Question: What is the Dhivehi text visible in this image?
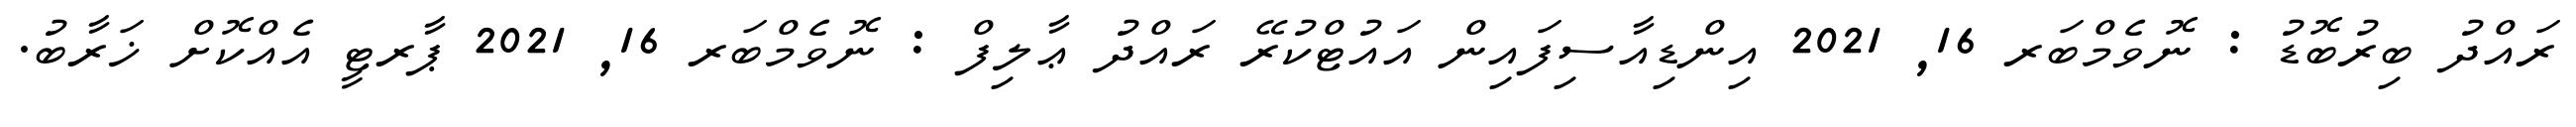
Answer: ރައްދު ބިރުބޮޑު : ނޮވެމްބަރ 16, 2021 އިންޑިއާސިފައިން އައުޓްކުރޭ ރައްދު ޢާލިފް : ނޮވެމްބަރ 16, 2021 ޕާރޓީ އެއްކޮށް ޚަރާބު.